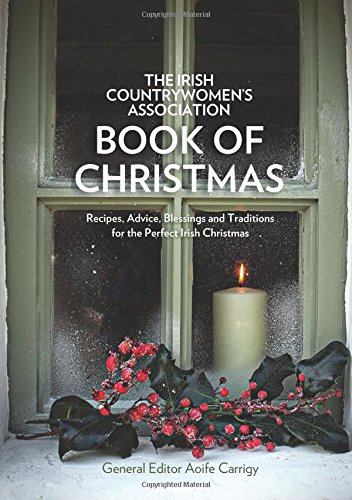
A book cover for The Irish Countrywomen's Association Book of Christmas: Recipes, Advice, Blessings and Traditions for the Perfect Irish Christmas; Irish Countrywomen's Association; Cookbooks, Food & Wine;